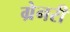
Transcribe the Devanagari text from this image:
ग्रेनरी